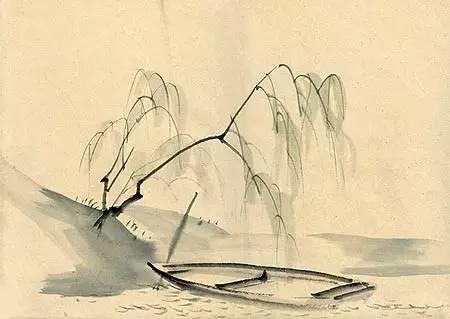
君子之德风，小人之德草，草上之风必偃。